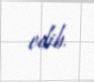
edib.